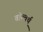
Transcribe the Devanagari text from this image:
वॉल्वर्थ़